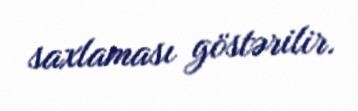
saxlaması göstərilir.